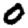
Digit: 0